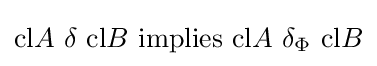
{\mbox{cl}}A\ \delta \ {\mbox{cl}}B\ {\mbox{implies}}\ {\mbox{cl}}A\ \delta _{\Phi }\ {\mbox{cl}}B